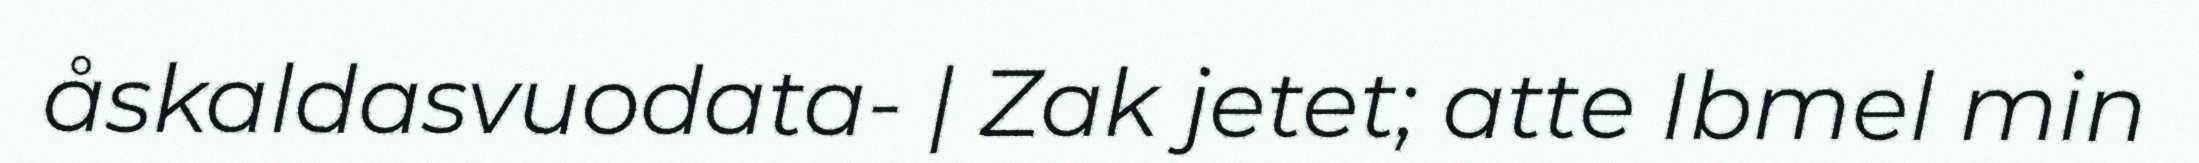
åskaldasvuodata- | Zak jetet; atte Ibmel min